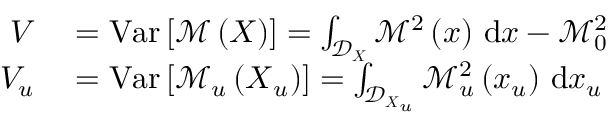
\begin{array} { r l } { V } & { { } = \operatorname { V a r } \left[ \mathcal { M } \left( \boldsymbol { X } \right) \right] = \int _ { \mathcal { D } _ { \boldsymbol { X } } } \mathcal { M } ^ { 2 } \left( \boldsymbol { x } \right) \, \mathrm { d } \boldsymbol { x } - \mathcal { M } _ { 0 } ^ { 2 } } \\ { V _ { u } } & { { } = \operatorname { V a r } \left[ \mathcal { M } _ { u } \left( \boldsymbol { X } _ { u } \right) \right] = \int _ { \mathcal { D } _ { \boldsymbol { X } _ { u } } } \mathcal { M } _ { u } ^ { 2 } \left( \boldsymbol { x } _ { u } \right) \, \mathrm { d } \boldsymbol { x } _ { u } } \end{array}